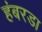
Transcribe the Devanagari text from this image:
हंबरडा